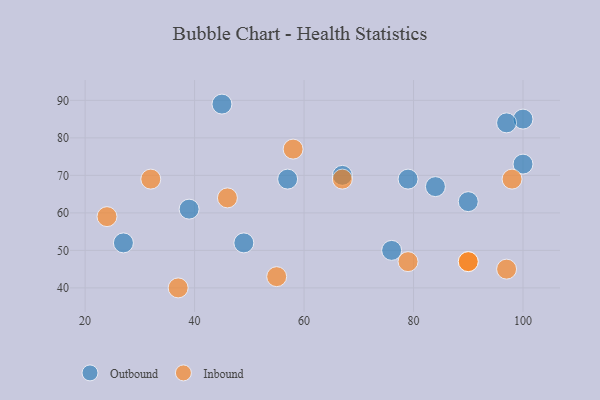
{"axis": {"x": "GDP", "y": "Life Expectancy"}, "legend": ["Inbound", "Outbound"], "data": [{"x": "27", "y": 52, "type": "Outbound"}, {"x": "45", "y": 89, "type": "Outbound"}, {"x": "84", "y": 67, "type": "Outbound"}, {"x": "39", "y": 61, "type": "Outbound"}, {"x": "79", "y": 69, "type": "Outbound"}, {"x": "90", "y": 63, "type": "Outbound"}, {"x": "100", "y": 73, "type": "Outbound"}, {"x": "100", "y": 85, "type": "Outbound"}, {"x": "76", "y": 50, "type": "Outbound"}, {"x": "67", "y": 70, "type": "Outbound"}, {"x": "97", "y": 84, "type": "Outbound"}, {"x": "49", "y": 52, "type": "Outbound"}, {"x": "57", "y": 69, "type": "Outbound"}, {"x": "90", "y": 47, "type": "Inbound"}, {"x": "79", "y": 47, "type": "Inbound"}, {"x": "37", "y": 40, "type": "Inbound"}, {"x": "98", "y": 69, "type": "Inbound"}, {"x": "97", "y": 45, "type": "Inbound"}, {"x": "90", "y": 47, "type": "Inbound"}, {"x": "24", "y": 59, "type": "Inbound"}, {"x": "32", "y": 69, "type": "Inbound"}, {"x": "55", "y": 43, "type": "Inbound"}, {"x": "67", "y": 69, "type": "Inbound"}, {"x": "46", "y": 64, "type": "Inbound"}, {"x": "58", "y": 77, "type": "Inbound"}]}